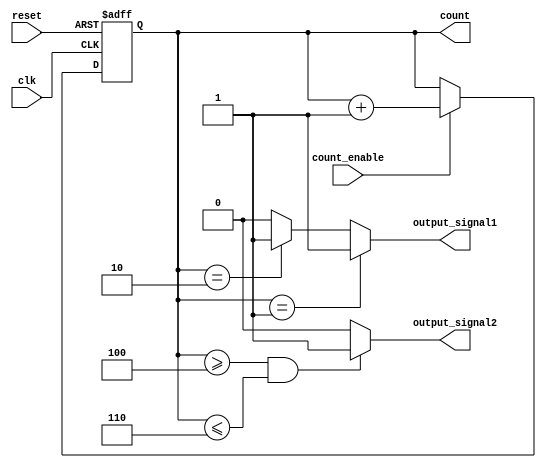
module synchronous_counter (
    input wire clk,               // Clock input
    input wire reset,             // Asynchronous reset input
    input wire count_enable,      // Count enable input
    output reg [3:0] count,       // 4-bit counter output
    output reg output_signal1,    // Example output signal 1
    output reg output_signal2     // Example output signal 2
);

// Asynchronous reset for the counter
always @(posedge clk or posedge reset) begin
    if (reset) begin
        count <= 4'b0000;         // Initialize counter to 0
    end else if (count_enable) begin
        count <= count + 1;       // Increment counter
    end
end

// Output control logic based on the current count value
always @(*) begin
    // Reset output signals
    output_signal1 = 1'b0;
    output_signal2 = 1'b0;

    // Control logic for output_signal1
    if (count == 4'b0001) begin
        output_signal1 = 1'b1;     // Activate output_signal1 when count is 1
    end else if (count == 4'b0010) begin
        output_signal1 = 1'b1;     // Activate output_signal1 when count is 2
    end

    // Control logic for output_signal2
    if (count >= 4'b0100 && count <= 4'b0110) begin
        output_signal2 = 1'b1;     // Activate output_signal2 for counts 4 to 6
    end
end

endmodule